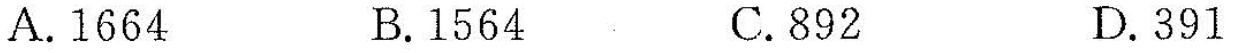
A.1664 B.1564 C.892 D.391